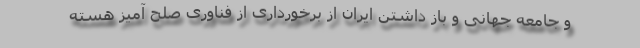
و جامعه جهانی و باز داشتن ایران از برخورداری از فناوری صلح آمیز هسته